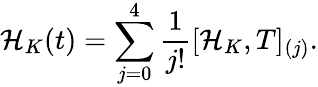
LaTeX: \mathcal{H}_{K}(t)=\sum_{j=0}^{4}\frac{1}{j!}[\mathcal{H}_{K},T]_{(j)}.